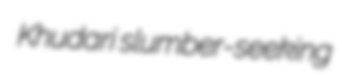
Khudari slumber-seeking